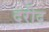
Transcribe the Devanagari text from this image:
दरीद